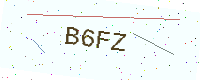
Text: B6FZ